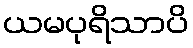
ယမပုရိသာပိ